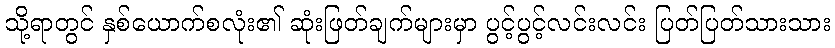
သို့ရာတွင် နှစ်ယောက်စလုံး၏ ဆုံးဖြတ်ချက်များမှာ ပွင့်ပွင့်လင်းလင်း ပြတ်ပြတ်သားသား